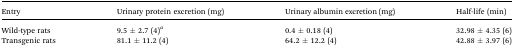
<table><thead><tr><td><b>Entry</b></td><td><b>Urinary protein excretion (mg)</b></td><td><b>Urinary albumin excretion (mg)</b></td><td><b>Half-life (min)</b></td></tr></thead><tbody><tr><td>Wild-type rats</td><td>9.5 ± 2.7 (4)<sup><i>a</i></sup></td><td>0.4 ± 0.18 (4)</td><td>32.98 ± 4.35 (6)</td></tr><tr><td>Transgenic rats</td><td>81.1 ± 11.2 (4)</td><td>64.2 ± 12.2 (4)</td><td>42.88 ± 3.97 (6)</td></tr></tbody></table>